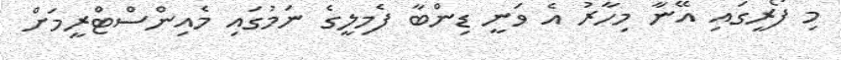
މި ފޯރީގައި އޭނާ މިހާރު އެ ވަނީ ޑިންބާ ފެމިލީގެ ނަމުގައި މެއިންސްޓްރީމަށް